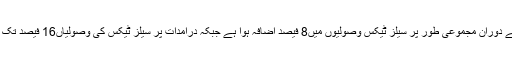
2017 کے دوران مجموعی طور پر سیلز ٹیکس وصولیوں میں8 فیصد اضافہ ہوا ہے جبکہ درآمدات پر سیلز ٹیکس کی وصولیاں16 فیصد تک بڑھی ہیں۔